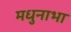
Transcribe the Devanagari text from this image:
मधुनाभा